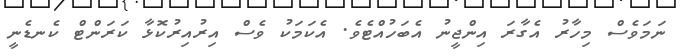
ނަމަވެސް މިހާރު އެގާރަ އިންޖީނު އެބަހުއްޓެވެ. އެކަމަކު ވެސް އިރުއިރުކޮޅާ ކަރަންޓް ކެނޑެނީ